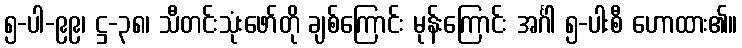
၅-ပါ-၉၉၊ ဋ္ဌ-၃၈၊ သီတင်းသုံးဖော်တို ချစ်ကြောင်း မုန်းကြောင်း အင်္ဂါ ၅-ပါးစီ ဟောထား၏။